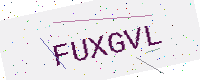
Text: FUXGVL